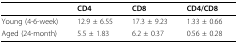
<table><thead><tr><td></td><td><b>CD4</b></td><td><b>CD8</b></td><td><b>CD4/CD8</b></td></tr></thead><tbody><tr><td>Young (4-6-week)</td><td>12.9 ± 6.55</td><td>17.3 ± 9.23</td><td>1.33 ± 0.66</td></tr><tr><td>Aged (24-month)</td><td>5.5 ± 1.83</td><td>6.2 ± 0.37</td><td>0.56 ± 0.28</td></tr></tbody></table>